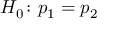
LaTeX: H _ { 0 } \colon p _ { 1 } = p _ { 2 }